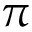
\pi